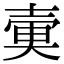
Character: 𡔱